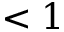
< 1